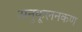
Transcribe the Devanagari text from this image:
अनुकूलनकण